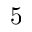
5